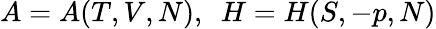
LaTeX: A=A(T,V,N),\enspace H=H(S,-p,N)